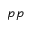
p p